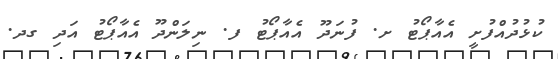
ކުޅުދުއްފުށީ އެއާޕޯޓު ށ. ފުނަދޫ އެއާޕޯޓު ފ. ނިލަންދޫ އެއާޕޯޓު އަދި ގދ.